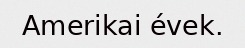
Amerikai évek.